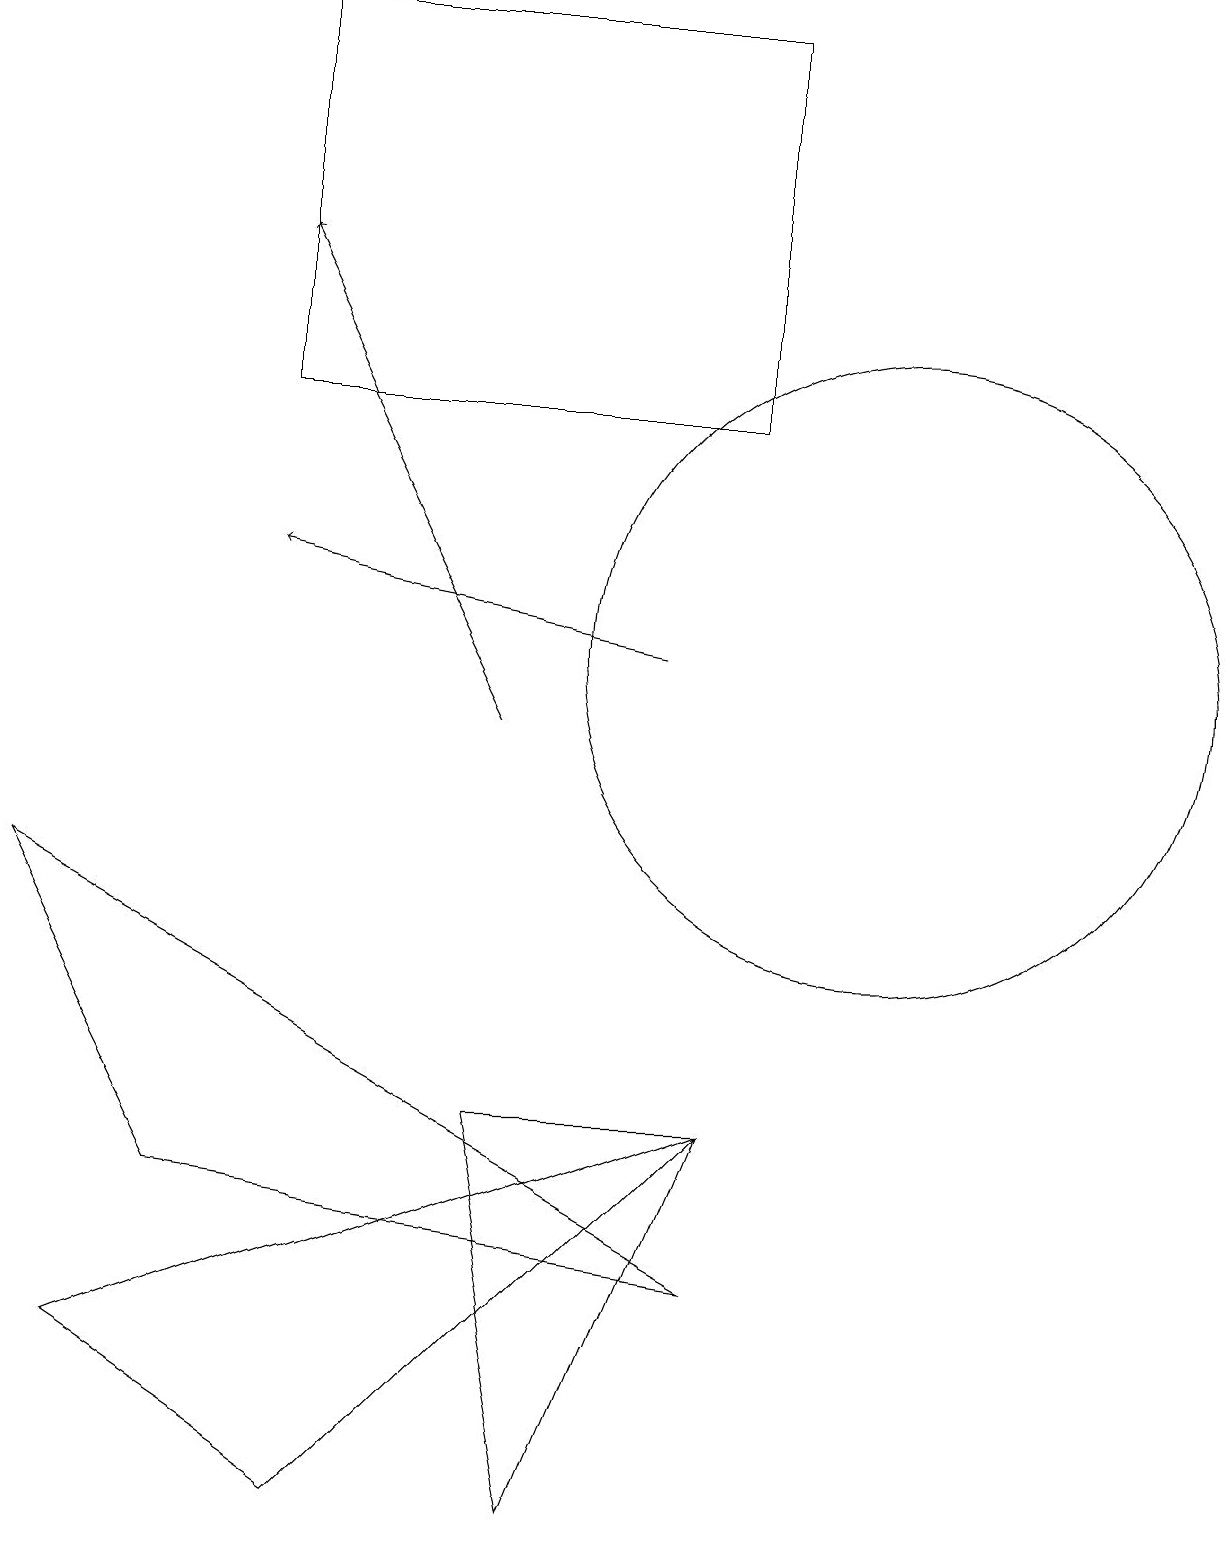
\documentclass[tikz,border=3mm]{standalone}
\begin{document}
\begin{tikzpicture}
\draw (4,0) -- (9,5) -- (1,2) -- cycle;
\draw[->] (8,11) -- (3,12);
\draw (11,11) circle (4);
\draw (9,14) rectangle (3,19);
\draw[->] (6,10) -- (3,16);
\draw (9,5) -- (7,0) -- (6,5) -- cycle;
\draw (2,4) -- (0,8) -- (9,3) -- cycle;
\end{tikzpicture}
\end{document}